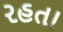
રહતા